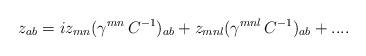
LaTeX: \begin{align*}z_{ab}=iz_{mn}(\gamma^{mn}\,C^{-1})_{ab}+z_{mnl}(\gamma^{mnl}\,C^{-1})_{ab}+....\end{align*}